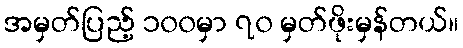
အမှတ်ပြည့် ၁၀၀မှာ ၇၀ မှတ်ဖိုးမှန်တယ်။